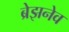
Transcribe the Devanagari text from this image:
ब्रेझनेव